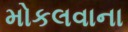
મોકલવાના